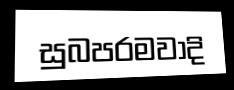
සුබපරමවාදි